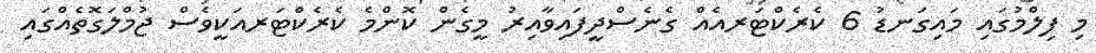
މި ފިލްމުގައި މައިގަނޑު 6 ކެރެކްޓަރއެއް ގެނެސްދީފައިވާއިރު މީގެން ކޮންމެ ކެރެކްޓަރއަކީވެސް ޖުމްލަގޮތެއްގައި